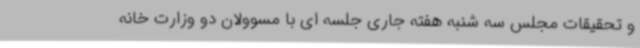
و تحقیقات مجلس سه شنبه هفته جاری جلسه ای با مسوولان دو وزارت خانه